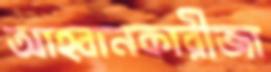
আহ্বানকারীজা